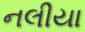
નલીયા